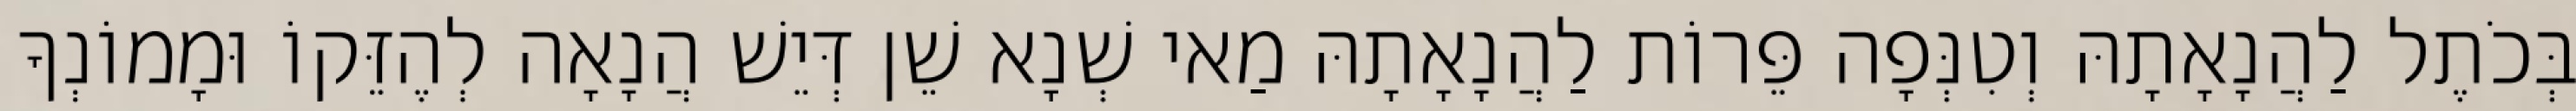
בְּכֹתֶל לַהֲנָאָתָהּ וְטִנְּפָה פֵּרוֹת לַהֲנָאָתָהּ מַאי שְׁנָא שֵׁן דְּיֵשׁ הֲנָאָה לְהֶזֵּקוֹ וּמָמוֹנְךָ